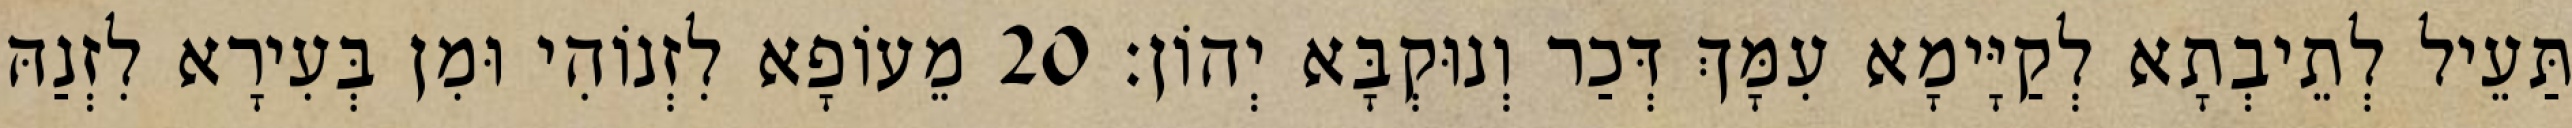
תַּעֵיל לְתֵיבְתָא לְקַיָּימָא עִמָּךְ דְּכַר וְנוּקְבָּא יְהוֹן׃ 20 מֵעוֹפָא לִזְנוֹהִי וּמִן בְּעִירָא לִזְנַהּ